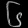
Digit: ၆